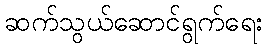
ဆက်သွယ်ဆောင်ရွက်ရေး